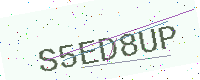
Text: S5ED8UP